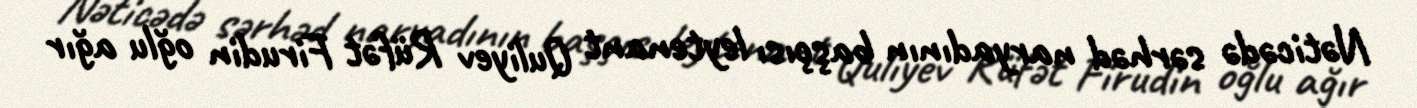
Nəticədə sərhəd naryadının başçısı leytenant Quliyev Rüfət Firudin oğlu ağır